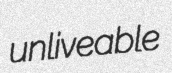
unliveable